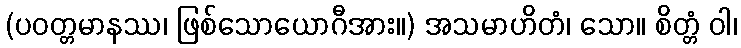
(ပဝတ္တမာနဿ၊ ဖြစ်သောယောဂီအား။) အသမာဟိတံ၊ သော။ စိတ္တံ ဝါ၊